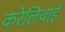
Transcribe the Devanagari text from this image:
करेलियाई